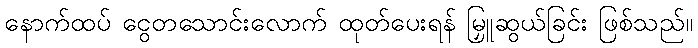
နောက်ထပ် ငွေတသောင်းလောက် ထုတ်ပေးရန် မြှူဆွယ်ခြင်း ဖြစ်သည်။